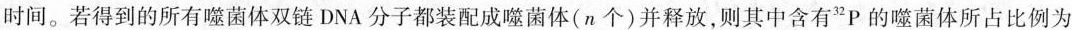
时间。若得到的所有噬菌体双链DNA分子都装配成噬菌体(n个)并释放，则其中含有^{32}P的噬菌体所占比例为